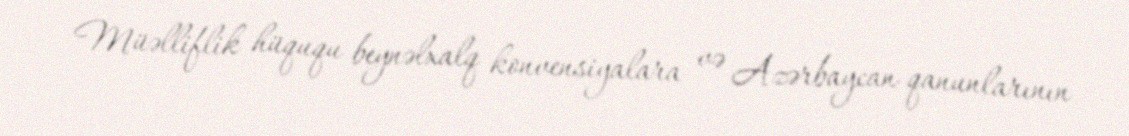
Müəlliflik hüququ beynəlxalq konvensiyalara və Azərbaycan qanunlarının